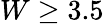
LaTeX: W\ge 3.5